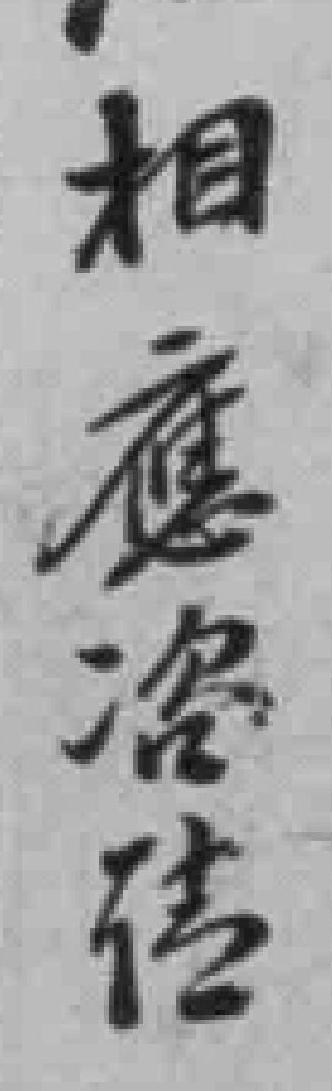
相應咨传